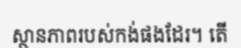
ស្ថានភាពរបស់កង់ផងដែរ។ តើ